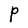
Character: P